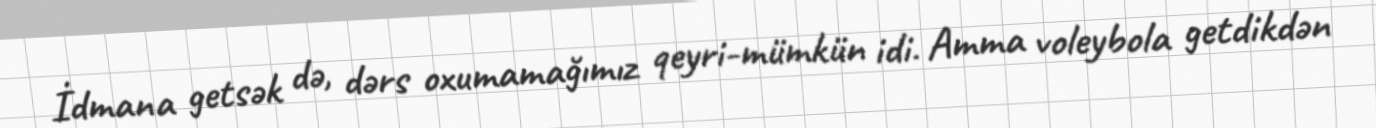
İdmana getsək də, dərs oxumamağımız qeyri-mümkün idi. Amma voleybola getdikdən